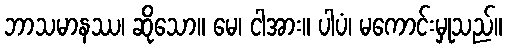
ဘာသမာနဿ၊ ဆိုသော။ မေ၊ ငါအား။ ပါပံ၊ မကောင်းမှုသည်။